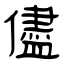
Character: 儘